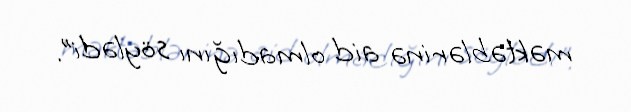
məktəblərinə aid olmadığını söylədi”.